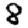
Digit: 8